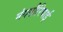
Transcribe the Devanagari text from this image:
मंगलौरियाई